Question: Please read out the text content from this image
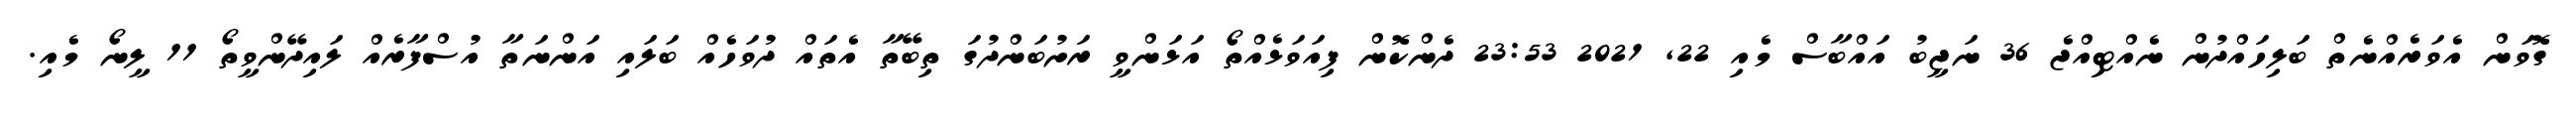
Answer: ގޮވަން އެވަރެއްނެތް ބަލިހައްދުން ނެއްޓިއްޖެ 36 ނަޖީބު އައްބާސް މެއި 22, 2021 23:53 ދެންކޮން ފިއަވަޅެއްތޯ އަޅަންވީ ރަށުބަންދުގަ ތިބޭތާ އެތައް ދުވަހެއް ބަލައި އަންނަތާ އުސްފާރެއް ލައިދޭންވީތޯ 11 ލީނޯ މެއި.